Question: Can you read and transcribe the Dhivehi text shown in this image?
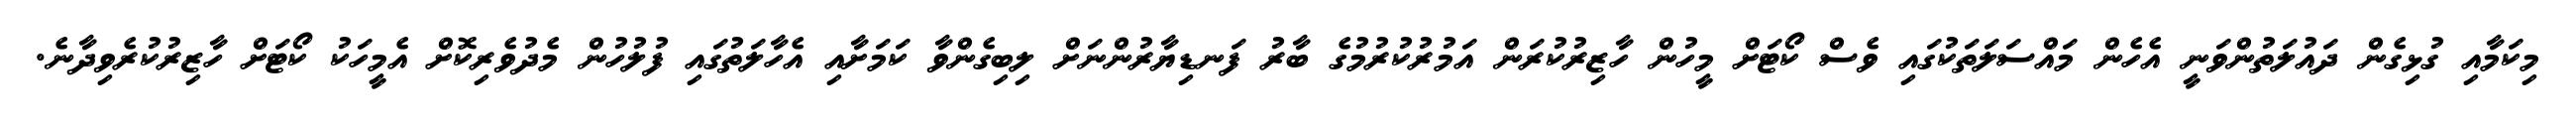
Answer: މިކަމާއި ގުޅިގެން ދައުލަތުންވަނީ އެހެން މައްސަލަތަކުގައި ވެސް ކޯޓަށް މީހުން ހާޒިރުކުރަން އަމުރުކުރުމުގެ ބާރު ފަނޑިޔާރުންނަށް ލިބިގެންވާ ކަމަށާއި އެހާލަތުގައި ފުލުހުން މެދުވެރިކޮށް އެމީހަކު ކޯޓަށް ހާޒިރުކުރެވިދާނެ.